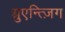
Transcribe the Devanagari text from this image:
ग़्रुएन्त्ज़िग